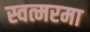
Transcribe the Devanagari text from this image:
स्वत्मरमा